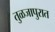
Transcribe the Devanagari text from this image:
तुळजापुरात